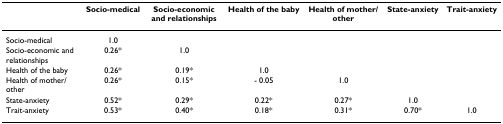
<table><thead><tr><td></td><td><b>Socio-medical</b></td><td><b>Socio-economic and relationships</b></td><td><b>Health of the baby</b></td><td><b>Health of mother/other</b></td><td><b>State-anxiety</b></td><td><b>Trait-anxiety</b></td></tr></thead><tbody><tr><td>Socio-medical</td><td>1.0</td><td></td><td></td><td></td><td></td><td></td></tr><tr><td>Socio-economic and relationships</td><td>0.26*</td><td>1.0</td><td></td><td></td><td></td><td></td></tr><tr><td>Health of the baby</td><td>0.26*</td><td>0.19*</td><td>1.0</td><td></td><td></td><td></td></tr><tr><td>Health of mother/other</td><td>0.26*</td><td>0.15*</td><td>- 0.05</td><td>1.0</td><td></td><td></td></tr><tr><td>State-anxiety</td><td>0.52*</td><td>0.29*</td><td>0.22*</td><td>0.27*</td><td>1.0</td><td></td></tr><tr><td>Trait-anxiety</td><td>0.53*</td><td>0.40*</td><td>0.18*</td><td>0.31*</td><td>0.70*</td><td>1.0</td></tr></tbody></table>